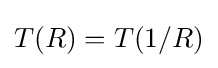
T(R)=T(1/R)